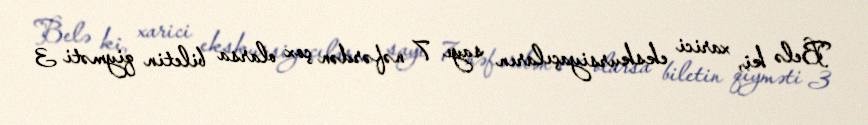
Belə ki, xarici ekskursiyaçıların sayı 7 nəfərdən çox olarsa biletin qiyməti 3